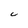
Character: C